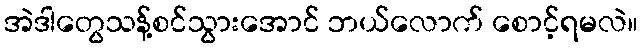
အဲဒါတွေသန့်စင်သွားအောင် ဘယ်လောက် စောင့်ရမလဲ။